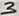
Text: 3